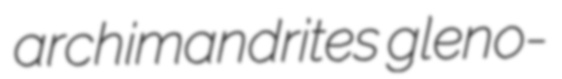
archimandrites gleno-